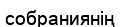
собраниянің